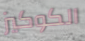
الكوكيز